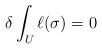
LaTeX: \begin{align*}\delta\int_U\ell(\sigma)=0\end{align*}